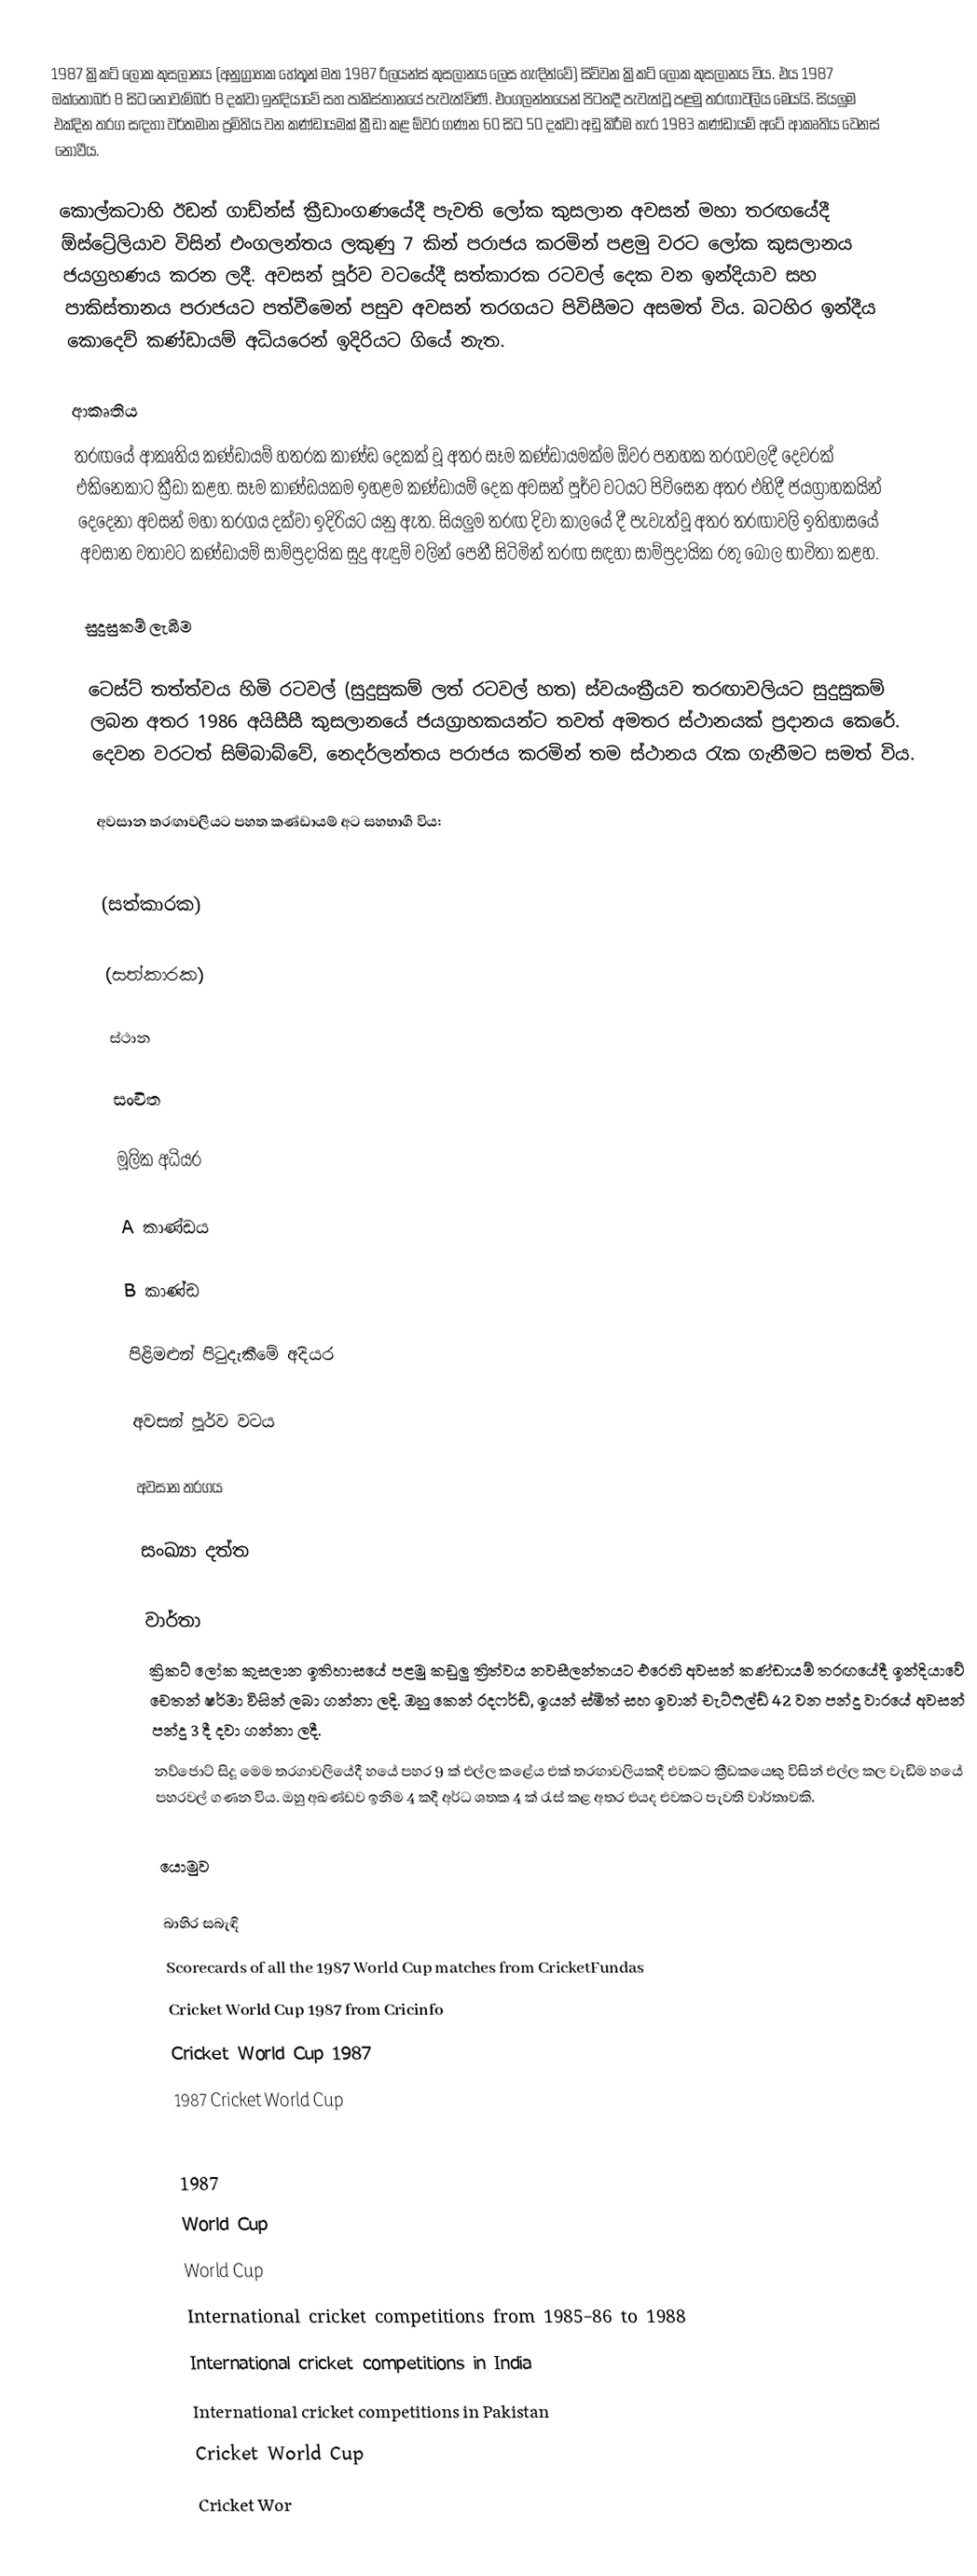
1987 ක්‍රිකට් ලෝක කුසලානය (අනුග්‍රාහක හේතූන් මත 1987 රිලයන්ස් කුසලානය ලෙස හැඳින්වේ) සිව්වන ක්‍රිකට් ලෝක කුසලානය විය. එය 1987 ඔක්තෝබර් 8 සිට නොවැම්බර් 8 දක්වා ඉන්දියාවේ සහ පාකිස්තානයේ පැවැත්විණි. එංගලන්තයෙන් පිටතදී පැවැත්වූ පළමු තරඟාවලිය මෙයයි. සියලුම එක්දින තරග සඳහා වර්තමාන ප්‍රමිතිය වන කණ්ඩායමක් ක්‍රීඩා කළ ඕවර ගණන 60 සිට 50 දක්වා අඩු කිරීම හැර 1983 කණ්ඩායම් අටේ ආකෘතිය වෙනස් නොවීය.

කොල්කටාහි ඊඩන් ගාඩ්න්ස් ක්‍රීඩාංගණයේදී පැවති ලෝක කුසලාන අවසන් මහා තරඟයේදී ඕස්ට්‍රේලියාව විසින් එංගලන්තය ලකුණු 7 කින් පරාජය කරමින් පළමු වරට ලෝක කුසලානය ජයග්‍රහණය කරන ලදී. අවසන් පූර්ව වටයේදී සත්කාරක රටවල් දෙක වන ඉන්දියාව සහ පාකිස්තානය පරාජයට පත්වීමෙන් පසුව අවසන් තරගයට පිවිසීමට අසමත් විය. බටහිර ඉන්දීය කොදෙව් කණ්ඩායම් අධියරෙන් ඉදිරියට ගියේ නැත.

ආකෘතිය
තරඟයේ ආකෘතිය කණ්ඩායම් හතරක කාණ්ඩ දෙකක් වූ අතර සෑම කණ්ඩායමක්ම ඕවර පනහක තරගවලදී දෙවරක් එකිනෙකාට ක්‍රීඩා කළහ. සෑම කාණ්ඩයකම ඉහළම කණ්ඩායම් දෙක අවසන් පූර්ව වටයට පිවිසෙන අතර එහිදී ජයග්‍රාහකයින් දෙදෙනා අවසන් මහා තරගය දක්වා ඉදිරියට යනු ඇත. සියලුම තරඟ දිවා කාලයේ දී පැවැත්වූ අතර තරඟාවලි ඉතිහාසයේ අවසාන වතාවට කණ්ඩායම් සාම්ප්‍රදායික සුදු ඇඳුම් වලින් පෙනී සිටිමින් තරඟ සඳහා සාම්ප්‍රදායික රතු බෝල භාවිතා කළහ.

සුදුසුකම් ලැබීම

ටෙස්ට් තත්ත්වය හිමි රටවල් (සුදුසුකම් ලත් රටවල් හත) ස්වයංක්‍රීයව තරඟාවලියට සුදුසුකම් ලබන අතර 1986 අයිසීසී කුසලානයේ ජයග්‍රාහකයන්ට තවත් අමතර ස්ථානයක් ප්‍රදානය කෙරේ. දෙවන වරටත් සිම්බාබ්වේ, නෙදර්ලන්තය පරාජය කරමින් තම ස්ථානය රැක ගැනීමට සමත් විය.

අවසාන තරඟාවලියට පහත කණ්ඩායම් අට සහභාගී විය:

  (සත්කාරක)

  (සත්කාරක)

ස්ථාන

සංචිත

මූලික අධියර

A කාණ්ඩය

B කාණ්ඩ

පිළිමළුන් පිටුදැකීමේ අදියර

අවසන් පූර්ව වටය

අවසාන තරගය

සංඛ්‍යා දත්ත

වාර්තා
 ක්‍රිකට් ලෝක කුසලාන ඉතිහාසයේ පළමු කඩුලු ත්‍රිත්වය නවසීලන්තයට එරෙහි අවසන් කණ්ඩායම් තරඟයේදී ඉන්දියාවේ චෙතන් ෂර්මා විසින් ලබා ගන්නා ලදි. ඔහු කෙන් රදෆර්ඩ්, ඉයන් ස්මිත් සහ ඉවාන් චැට්ෆීල්ඩ් 42 වන පන්දු වාරයේ අවසන් පන්දු 3 දී දවා ගන්නා ලදී.
 නව්ජොට් සිදූ මෙම තරගාවලියේදී හයේ පහර 9 ක් එල්ල කළේය එක් තරඟාවලියකදී එවකට ක්‍රීඩකයෙකු විසින් එල්ල කල වැඩිම හයේ පහරවල් ගණන විය. ඔහු අඛණ්ඩව ඉනිම 4 කදී අර්ධ ශතක 4 ක් රැස් කළ අතර එයද එවකට පැවති වාර්තාවකි.

යොමුව

බාහිර සබැඳි
Scorecards of all the 1987 World Cup matches from CricketFundas
Cricket World Cup 1987 from Cricinfo
Cricket World Cup 1987
1987 Cricket World Cup

1987
World Cup
World Cup
International cricket competitions from 1985–86 to 1988
International cricket competitions in India
International cricket competitions in Pakistan
Cricket World Cup
Cricket Wor